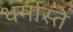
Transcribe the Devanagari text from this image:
धर्मास्ते